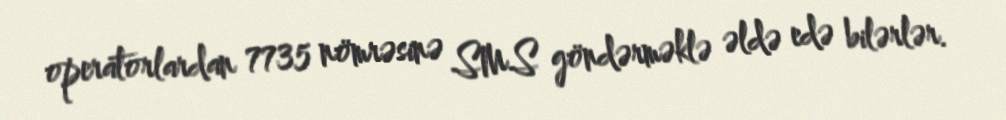
operatorlardan 7735 nömrəsinə SMS göndərməklə əldə edə bilərlər.